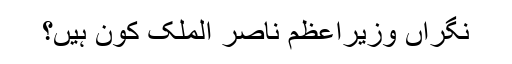
نگراں وزیراعظم ناصر الملک کون ہیں؟